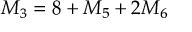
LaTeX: M _ { 3 } = 8 + M _ { 5 } + 2 M _ { 6 }